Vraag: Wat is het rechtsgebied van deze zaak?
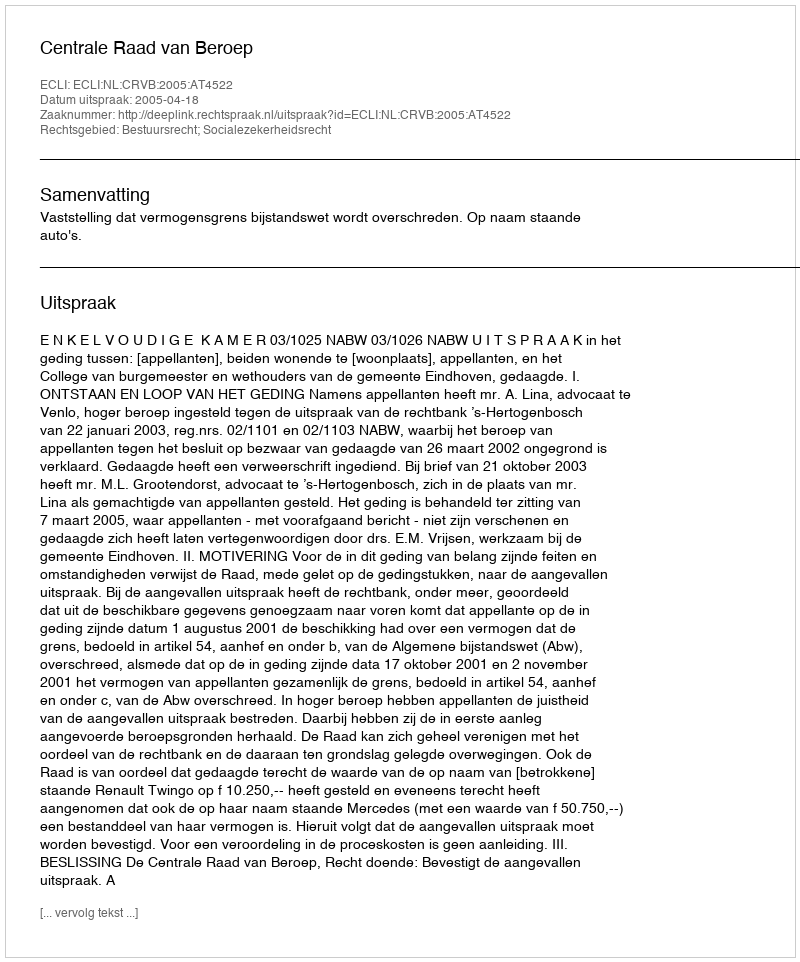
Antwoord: Bestuursrecht; Socialezekerheidsrecht